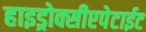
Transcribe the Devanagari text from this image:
हाइड्रोक्सीएपेटाईट